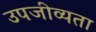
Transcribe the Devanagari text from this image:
उपजीव्यता